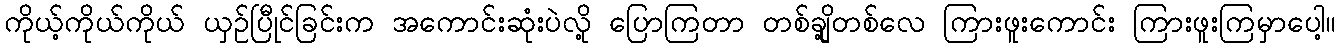
ကိုယ့်ကိုယ်ကိုယ် ယှဉ်ပြီုင်ခြင်းက အကောင်းဆုံးပဲလို့ ပြောကြတာ တစ်ချို့တစ်လေ ကြားဖူးကောင်း ကြားဖူးကြမှာပေါ့။